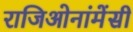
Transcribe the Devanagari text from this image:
राजिओनांमेंसी